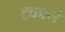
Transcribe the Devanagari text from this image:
टकाने